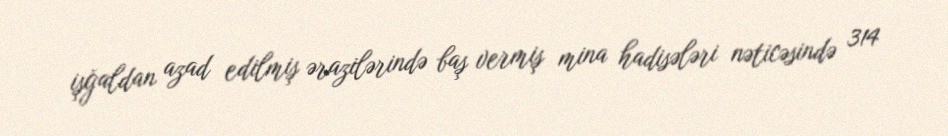
işğaldan azad edilmiş ərazilərində baş vermiş mina hadisələri nəticəsində 314